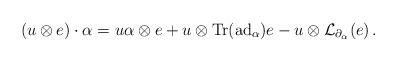
LaTeX: \begin{align*} (u \otimes e) \cdot \alpha = u\alpha \otimes e + u \otimes \mathrm{Tr}(\mathrm{ad}_{\alpha})e - u \otimes \mathcal L_{\partial_\alpha}(e)\,. \end{align*}